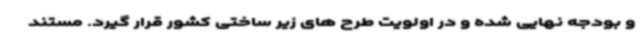
و بودجه نهایی شده و در اولویت طرح های زیر ساختی کشور قرار گیرد. مستند